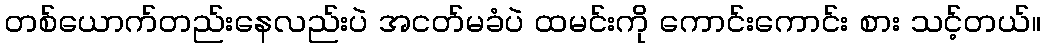
တစ်ယောက်တည်းနေလည်းပဲ အငတ်မခံပဲ ထမင်းကို ကောင်းကောင်း စား သင့်တယ်။